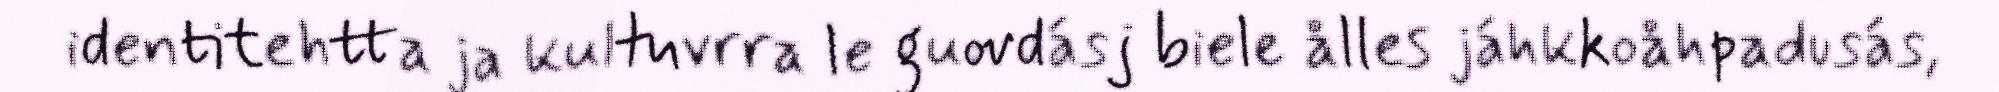
identitehtta ja kultuvrra le guovdásj biele ålles jáhkkoåhpadusás,